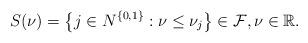
LaTeX: \begin{align*}S(\nu) = \left\{j \in N^{\{0, 1\}}: \nu \leq \nu_j\right\} \in\mathcal{F}, \nu \in \mathbb{R}.\end{align*}